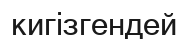
кигізгендей